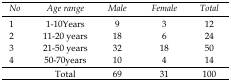
| No | Age range | Male | Female | Total |
 | --- | --- | --- | --- | --- |
 | 1 | 1-10Years | 9 | 3 | 12 |
 | 2 | 11-20 years | 18 | 6 | 24 |
 | 3 | 21-50 years | 32 | 18 | 50 |
 | 4 | 50-70years | 10 | 4 | 14 |
 |  | Total | 69 | 31 | 100 |